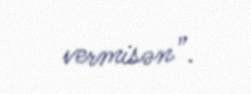
vermisən”.